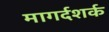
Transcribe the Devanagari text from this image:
मागर्दशर्क